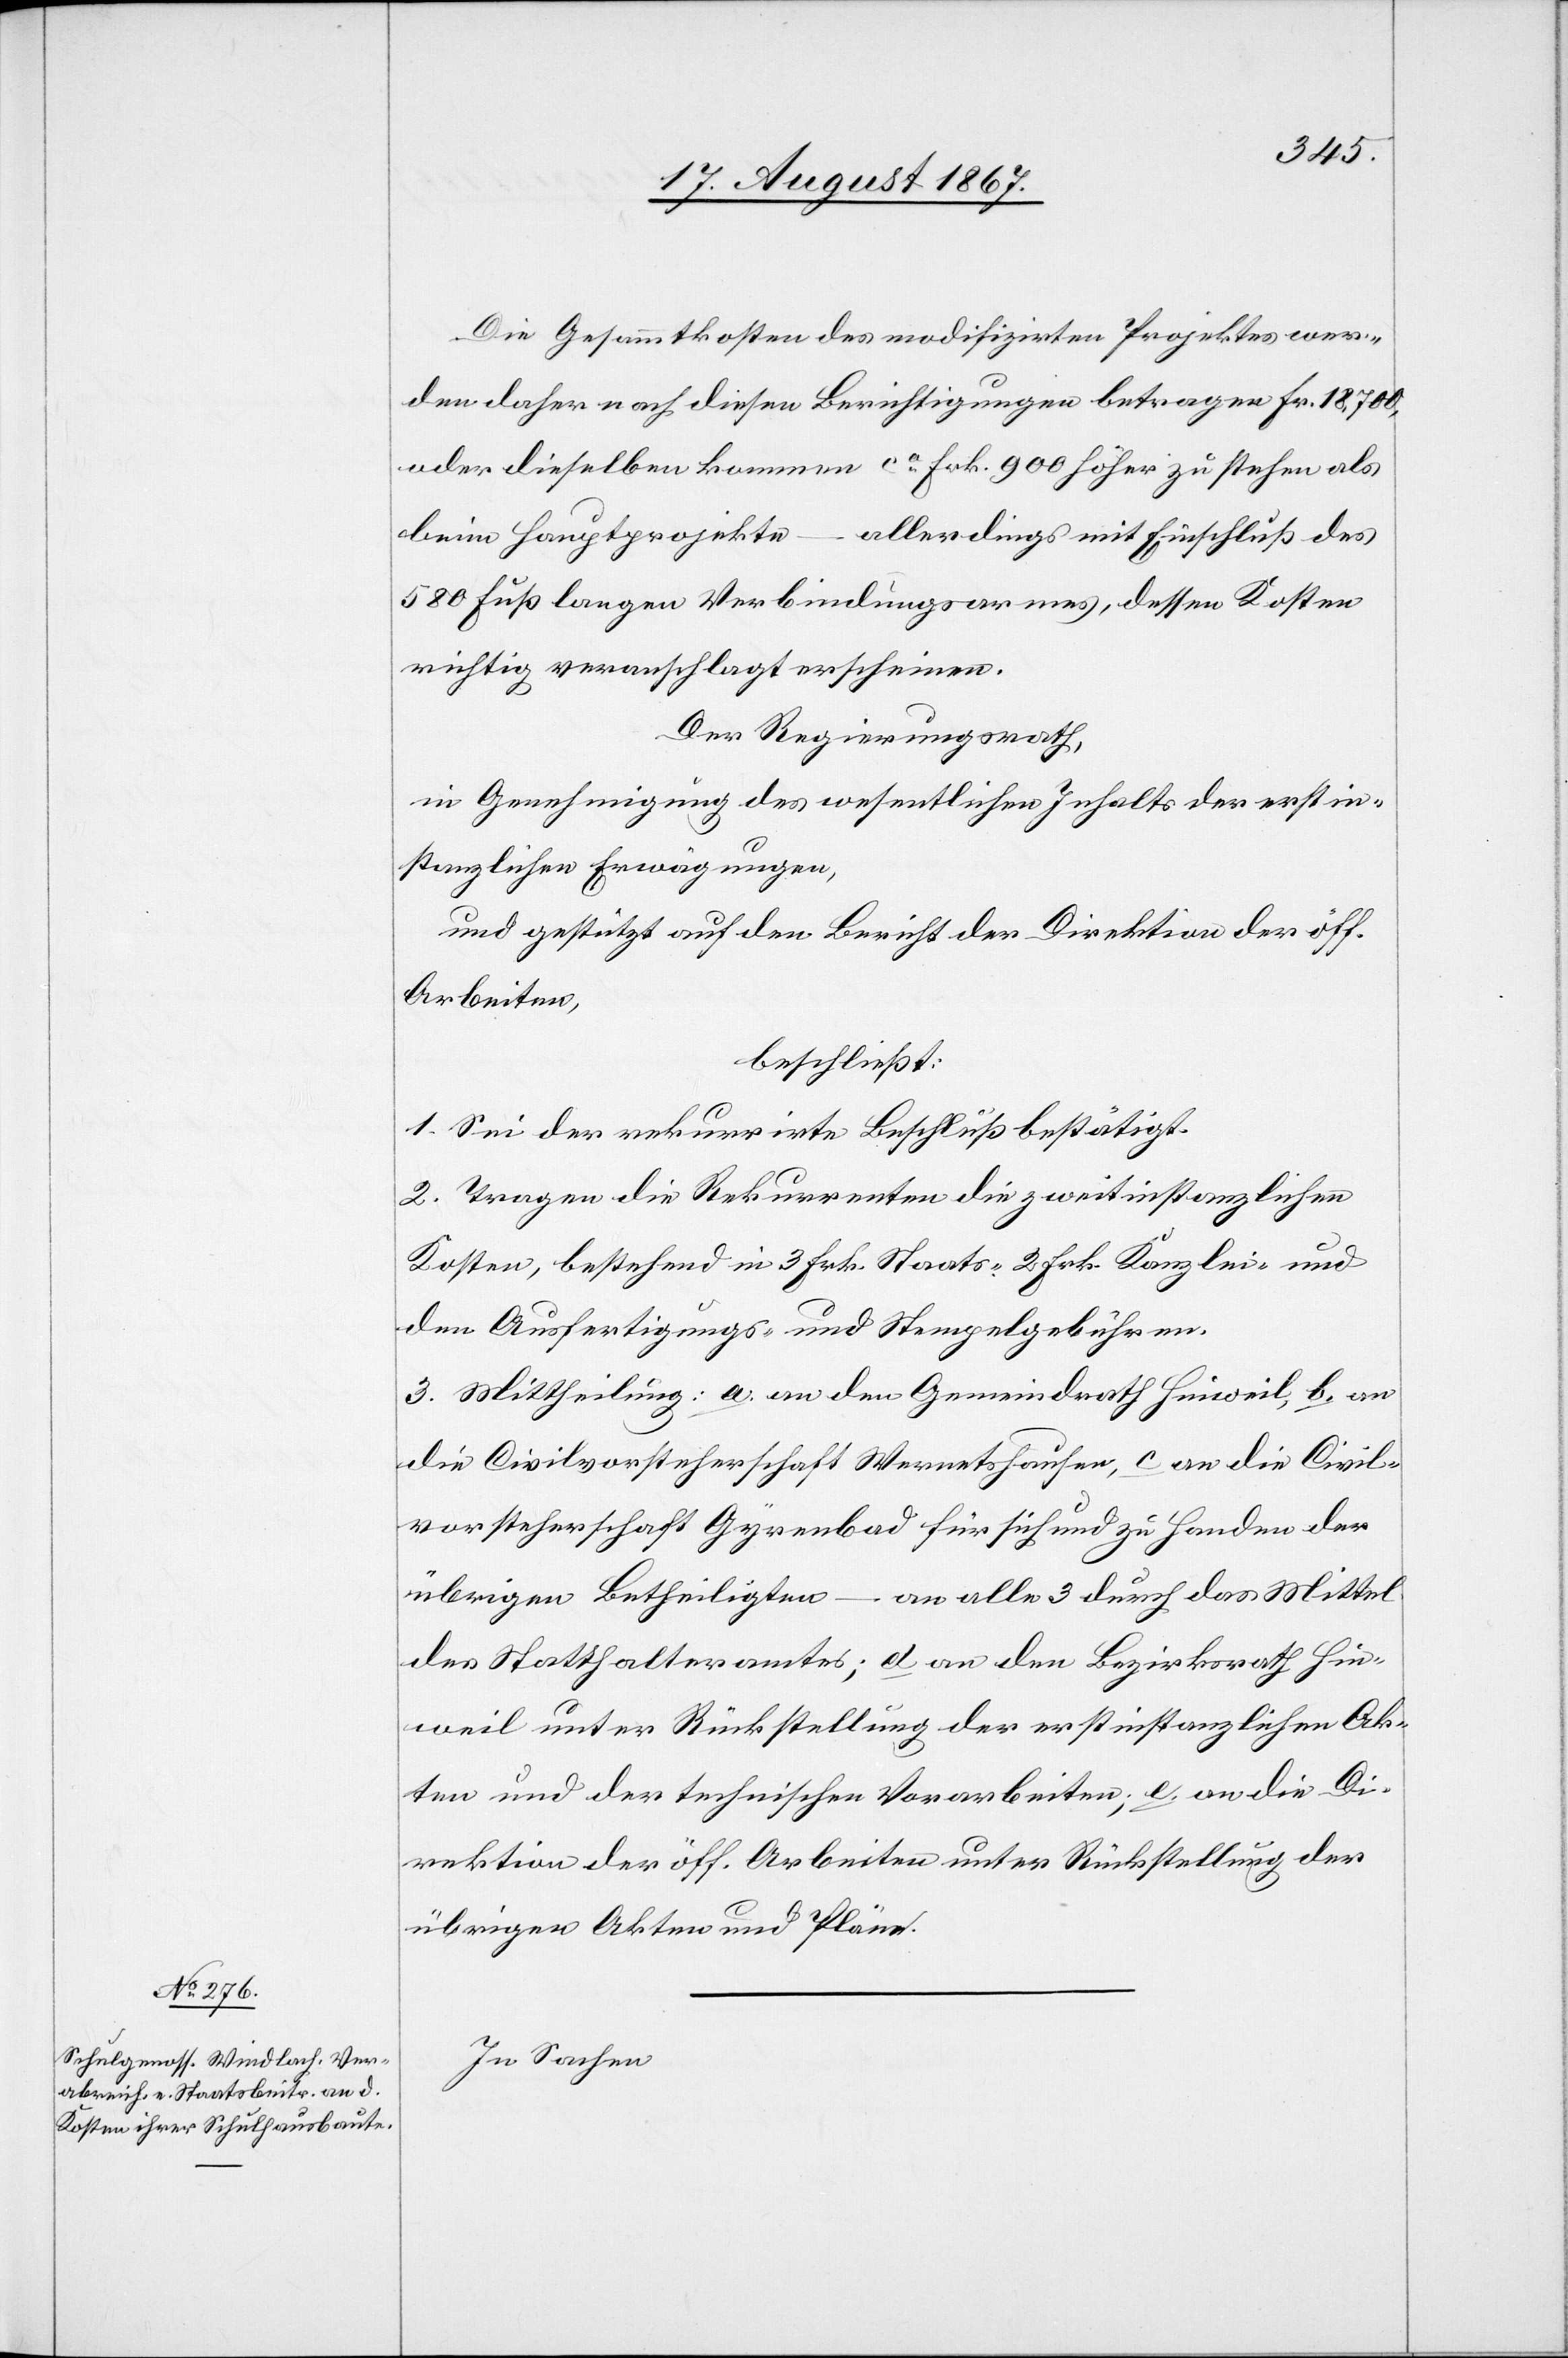
Die Gesammtkosten des modifizirten Projektes wer¬
den daher nach diesen Berichtigungen betragen Fr. 18 700,
oder dieselben kommen ca. Frk. 900 höher zu stehen als
beim Hauptprojekte
allerdings mit Einschluß des
580 Fuß langen Verbindungsarmes, dessen Kosten
richtig veranschlagt erscheinen.
Der Regierungsrath,
in Genehmigung des wesentlichen Inhaltes der erstin¬
stanzlichen Erwägungen,
und gestützt auf den Bericht der Direktion der öff.
Arbeiten,
beschließt:
1. Sei der rekurrirte Beschluß bestätigt.
2. Tragen die Rekurrenten die zweitinstanzlichen
Kosten, bestehend in 3 Frk. Staats-[,] 2 Frk. Kanzlei- und
den Ausfertigungs- und Stempelgebühren.
3. Mittheilung: a. an den Gemeindrath Hinweil, b. an
die Civilvorsteherschaft Wernetshausen, c. an die Civil¬
vorsteherschaft Gyrenbad für sich und zu Handen der
übrigen Betheiligten – an alle 3 durch das Mittel
des Statthalteramtes; d. an den Bezirksrath Hin¬
weil unter Rückstellung der erstinstanzlichen Ak¬
ten und der technischen Vorarbeiten; e. an die Di¬
rektion der öff. Arbeiten unter Rückstellung der
übrigen Akten und Pläne.
In Sachen